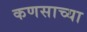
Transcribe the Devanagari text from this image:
कणसाच्या